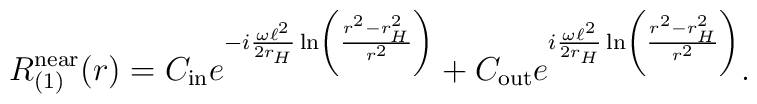
R_{(1)}^{\rm near}(r) = C_{\rm in} e^{-i \frac{\omega \ell^2}{2 r_{H}} \ln\left(\frac{r^2 -  r_{H}^2}{r^2}\right)} + C_{\rm out} e^{i \frac{\omega \ell^2}{2 r_{H}} \ln\left(\frac{r^2 - r_{H}^2}{r^2}\right)}.